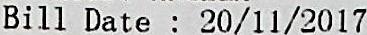
BILL DATE : 20/11/2017